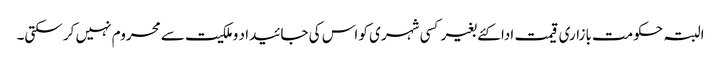
البتہ حکومت بازاری قیمت ادا کئے بغیر کسی شہری کو اس کی جائیدا د وملکیت سے محروم نہیں کر سکتی۔